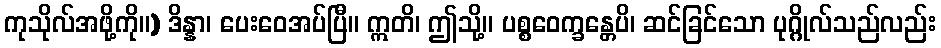
ကုသိုလ်အဖို့ကို။) ဒိန္နာ၊ ပေးဝေအပ်ပြီ။ ဣတိ၊ ဤသို့။ ပစ္စဝေက္ခန္တေပိ၊ ဆင်ခြင်သော ပုဂ္ဂိုလ်သည်လည်း